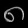
Digit: ၈